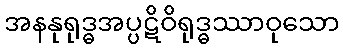
အနနုရုဒ္ဓအပ္ပဋိဝိရုဒ္ဓဿာဝုသော